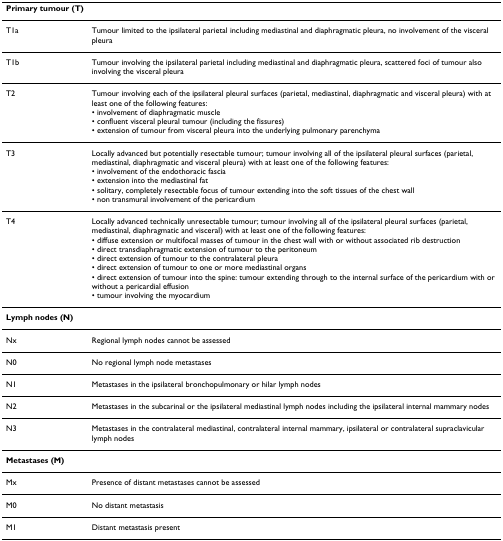
<table><thead><tr><td><b>Primary tumour (T)</b></td><td></td></tr></thead><tbody><tr><td>T1a</td><td>Tumour limited to the ipsilateral parietal including mediastinal and diaphragmatic pleura, no involvement of the visceral pleura</td></tr><tr><td>T1b</td><td>Tumour involving the ipsilateral parietal including mediastinal and diaphragmatic pleura, scattered foci of tumour also involving the visceral pleura</td></tr><tr><td>T2</td><td>Tumour involving each of the ipsilateral pleural surfaces (parietal, mediastinal, diaphragmatic and visceral pleura) with at least one of the following features:• involvement of diaphragmatic muscle• confluent visceral pleural tumour (including the fissures)• extension of tumour from visceral pleura into the underlying pulmonary parenchyma</td></tr><tr><td>T3</td><td>Locally advanced but potentially resectable tumour; tumour involving all of the ipsilateral pleural surfaces (parietal, mediastinal, diaphragmatic and visceral pleura) with at least one of the following features:• involvement of the endothoracic fascia• extension into the mediastinal fat• solitary, completely resectable focus of tumour extending into the soft tissues of the chest wall• non transmural involvement of the pericardium</td></tr><tr><td>T4</td><td>Locally advanced technically unresectable tumour; tumour involving all of the ipsilateral pleural surfaces (parietal, mediastinal, diaphragmatic and visceral) with at least one of the following features:• diffuse extension or multifocal masses of tumour in the chest wall with or without associated rib destruction• direct transdiaphragmatic extension of tumour to the peritoneum• direct extension of tumour to the contralateral pleura• direct extension of tumour to one or more mediastinal organs• direct extension of tumour into the spine: tumour extending through to the internal surface of the pericardium with or without a pericardial effusion• tumour involving the myocardium</td></tr><tr><td><b>Lymph nodes (N)</b></td><td></td></tr><tr><td>Nx</td><td>Regional lymph nodes cannot be assessed</td></tr><tr><td>N0</td><td>No regional lymph node metastases</td></tr><tr><td>N1</td><td>Metastases in the ipsilateral bronchopulmonary or hilar lymph nodes</td></tr><tr><td>N2</td><td>Metastases in the subcarinal or the ipsilateral mediastinal lymph nodes including the ipsilateral internal mammary nodes</td></tr><tr><td>N3</td><td>Metastases in the contralateral mediastinal, contralateral internal mammary, ipsilateral or contralateral supraclavicular lymph nodes</td></tr><tr><td><b>Metastases (M)</b></td><td></td></tr><tr><td>Mx</td><td>Presence of distant metastases cannot be assessed</td></tr><tr><td>M0</td><td>No distant metastasis</td></tr><tr><td>M1</td><td>Distant metastasis present</td></tr></tbody></table>